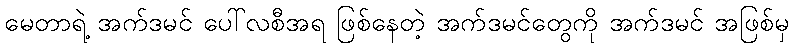
မေတာရဲ့ အက်ဒမင် ပေါ်လစီအရ ဖြစ်နေတဲ့ အက်ဒမင်တွေကို အက်ဒမင် အဖြစ်မှ